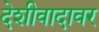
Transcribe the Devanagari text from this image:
देशीवादावर